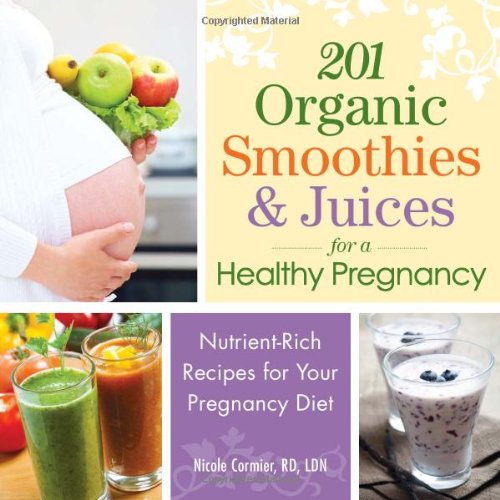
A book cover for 201 Organic Smoothies and Juices for a Healthy Pregnancy: Nutrient-Rich Recipes for Your Pregnancy Diet; Nicole Cormier; Cookbooks, Food & Wine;